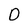
Character: O